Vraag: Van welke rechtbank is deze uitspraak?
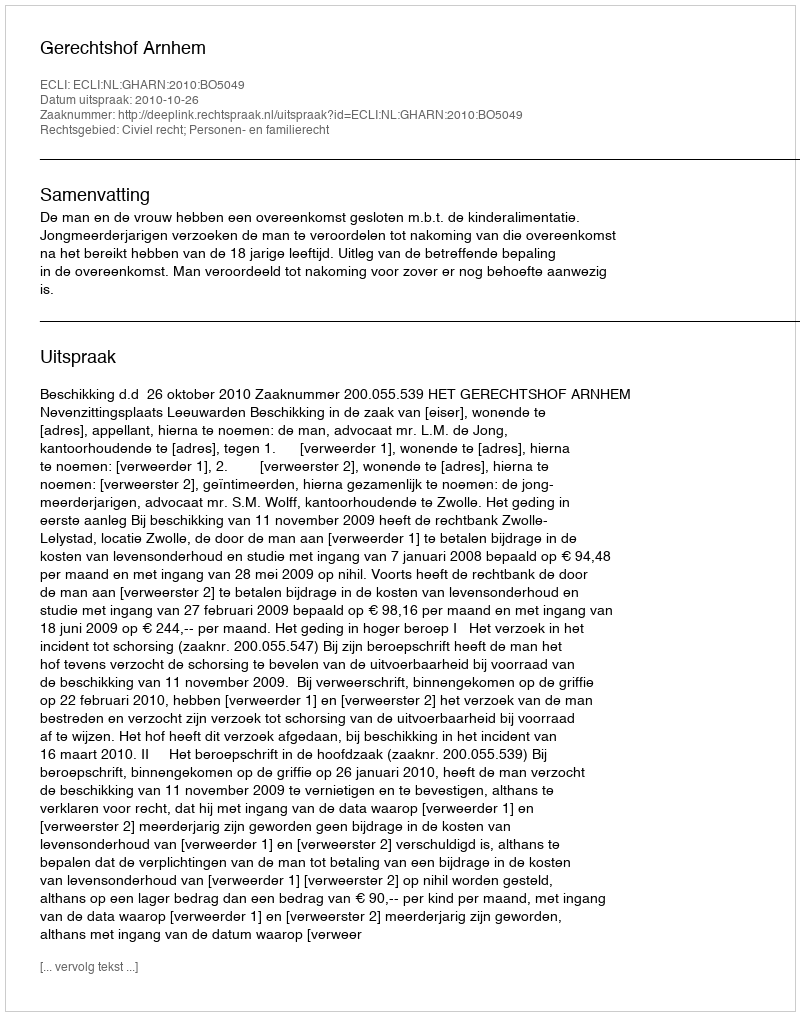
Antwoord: Gerechtshof Arnhem